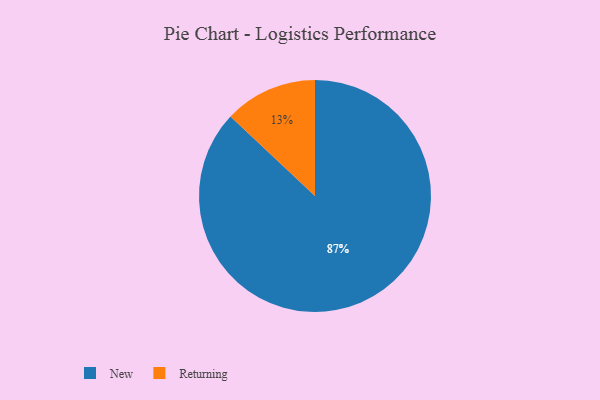
{"axis": {"x": "Category", "y": "Percentage"}, "legend": ["New", "Returning"], "data": [{"x": "New", "y": 87, "type": "New"}, {"x": "Returning", "y": 13, "type": "Returning"}]}